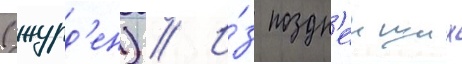
(журд'ен) // И́з поздн'еиших